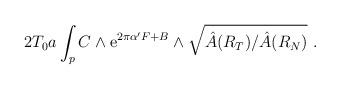
LaTeX: \begin{align*}2T_0a\int_{p} C\wedge {\rm e}^{2\pi\alpha' F + B} \wedge \sqrt{\hat{A}(R_T)/\hat{A}(R_N)}~.\end{align*}